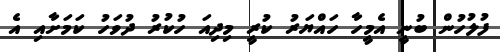
ފުލުހުން ބުނީ އެމީހާ ހައްޔަރު ކުރީ މިދިއަ ހުކުރު ދުވަހު ކަމަށާއި އެ